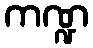
ကဏ္ဍ